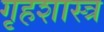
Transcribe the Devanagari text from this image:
गृहशास्त्र